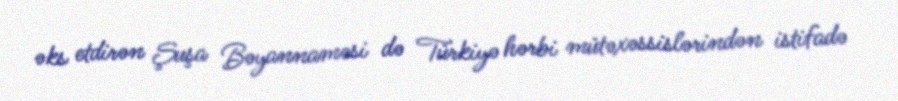
əks etdirən Şuşa Bəyannaməsi də Türkiyə hərbi mütəxəssislərindən istifadə